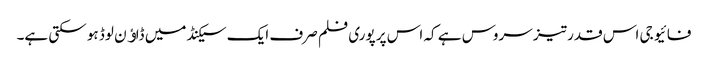
فائیو جی اس قدر تیز سروس ہے کہ اس پر پوری فلم صرف ایک سیکنڈ میں ڈاﺅن لوڈ ہو سکتی ہے۔